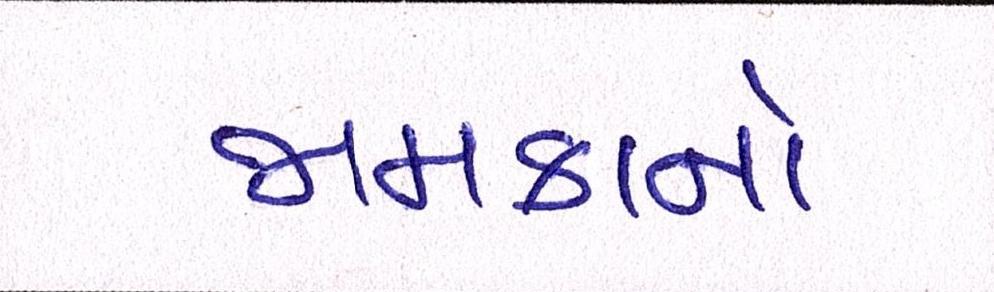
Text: જામકાનો